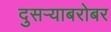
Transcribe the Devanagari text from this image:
दुसर्‍याबरोबर